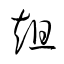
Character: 趄